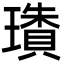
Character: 璳